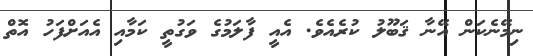
ނިމޭނެކަން އޭނާ ޤަބޫލު ކުރެއެވެ. އެއީ ފާލަމުގެ ވަގުތީ ކަމާއި އެއަށްފަހު އޮތް